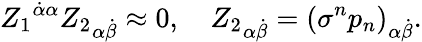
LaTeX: {Z_{1}}^{\dot{\alpha}\alpha}{Z_{2}}_{\alpha\dot{\beta}}\approx 0,\quad{Z_{2}}_{\alpha\dot{\beta}}={(\sigma^{n}p_{n})}_{\alpha\dot{\beta}}.